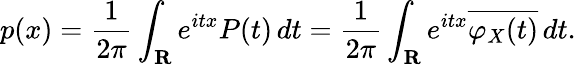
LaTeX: p(x)={\frac{1}{2\pi}}\int_{\mathbf{R}}e^{itx}P(t)\, dt={\frac{1}{2\pi}}\int_{\mathbf{R}}e^{itx}{\overline{{\varphi_{X}(t)}}}\, dt.